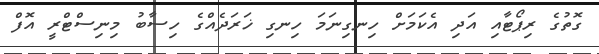
ގޮތުގެ ރިޕޯޓާއި އަދި އެކަމަށް ހިނގިނަމަ ހިނގި ޚަރަދެއްގެ ހިސާބު މިނިސްޓްރީ އޮފް